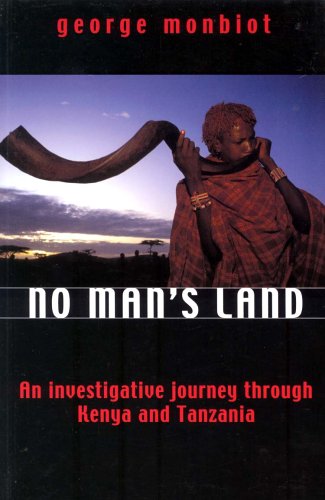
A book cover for No Man's Land: An Investigative Journey Through Kenya and Tanzania; George Monbiot; Travel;